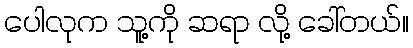
ပေါလုက သူ့ကို ဆရာ လို့ ခေါ်တယ်။